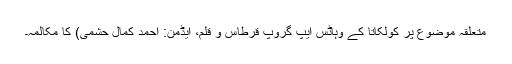
متعلقہ موضوع پر کولکاتا کے وہاٹس ایپ گروپ قرطاس و قلم، ایڈمن: احمد کمال حشمی) کا مکالمہ۔